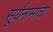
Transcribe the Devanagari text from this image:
सूर्यनामांचा